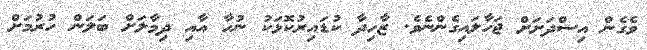
ވެގެން އިސްދަށަށް ޖަހާލައިގެންނެވެ. ޒާހިދާ ކުޑައިރުކޮޅަކު ނުހާ އާއި ދިމާލަށް ބަލަން ހުރުމަށް